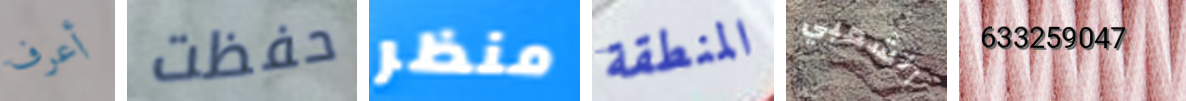
أعرف حفظت منظر المنطقة الشعبي 633259047